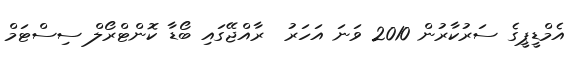
އެމްޑީޕީގެ ސަރުކާރުން 2010 ވަނަ އަހަރު  ރާއްޖޭގައި ބޯޑާ ކޮންޓްރޯލް ސިސްޓަމް